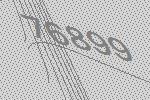
76899